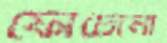
ফোটোনা